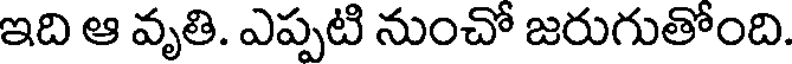
ఇది ఆ వృతి. ఎప్పటి నుంచో జరుగుతోంది.